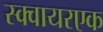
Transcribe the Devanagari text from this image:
स्क्वायरएक